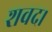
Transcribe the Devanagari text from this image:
शवद।